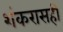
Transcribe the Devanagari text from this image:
शंकरासही